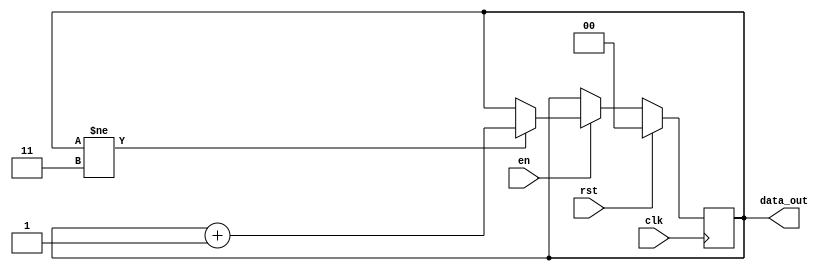
`timescale 1ns/1ps

//Mdulo de um contador de 2 bits
module counter (
  input 	   clk,
  input 	   rst,
  input 	   en,
  output reg [1:0] data_out
);

   //Processo que reage a fase ascendente do clk
   always @ (posedge clk) begin
      if (rst == 1'b1) begin //Se rst=1,  efectuado reset ao contador
	 data_out <= 2'b0;
      end
      else if (en == 1'b1 ) begin //Se rst=0 e en=1, contador  incrementado	 
	 if(data_out != 2'b11) //Verifica se o contador chegou ao limite(fim), se no chegou incrementa
	    data_out <= data_out+1'b1; //Incremento do contador
      end
   end

endmodule